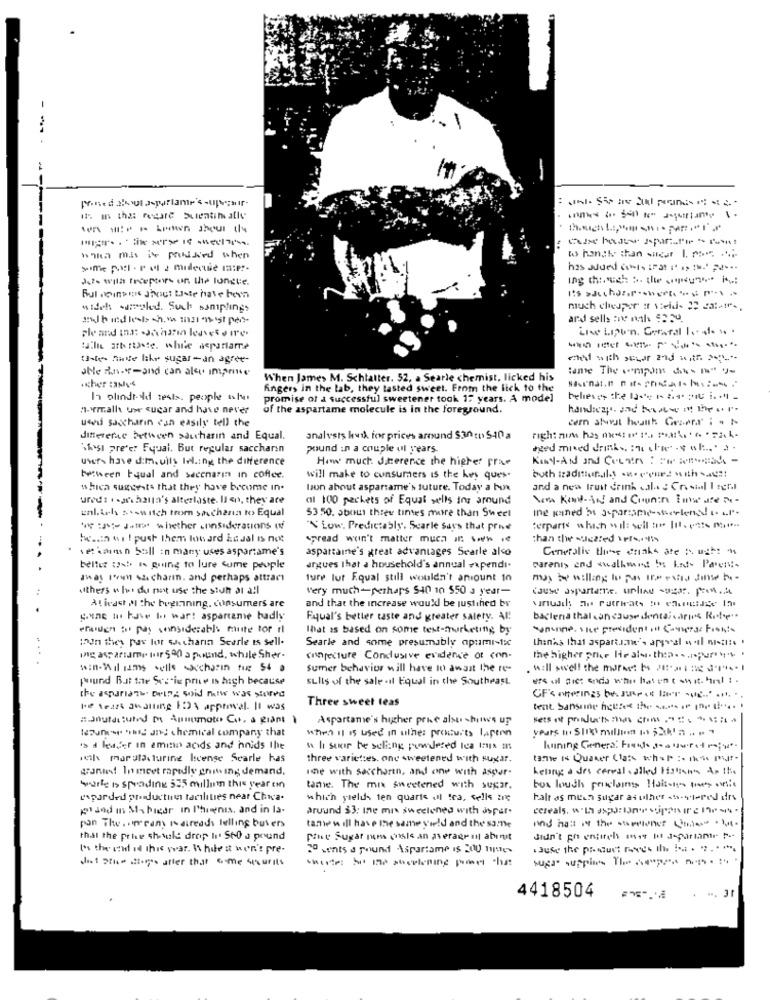
---
i. in the redare Sulentin alle
hiha mis ive puked when
&s hongh than sacar 1. com ....
Je with freepter- on the longte.
It's sacchar.r.net-sp-
Rul opinie Shout Boste have how
wideh witold. Such samplings
subid lesb this minst inst pet-
ard sells :re noth $2.30.
Live LIpo'n. Geraral Io 4. . .
taille atb roaste. while aspartame
takes hade like sugar- an agree-
chat with sever and with
alle An -- and can also imprime
:ame The impon ds n" y-
When James M. Schlatter. 52, a Searle chemist, licked his
Angers in the lab, they tasted sweet. From the lick to the
In olindredd tests. people islut
promise of a successful sweetener took 17 years. A model
nyemall uwe sugar and have never
of the aspartame molecule is in the foreground.
udis saccharin can easily tell the
difference between sawharin and Equal.
analysts kwik for prices around $30 gt 540 a
right nim has mesto to Parlak
Skost prete: Fqual. But regular saccharin
pound in a couple ul years
aged mixed drinks, : mi chie" - y el .. . a.
users have dim. uils Iel.ing the difference
How much. Jterence the higher prae
between Equal and seccnarin in coffee.
will make to consumers is the key ques.
which sustenta that they have become in.
laon about aspartame's future. Today a box
and a new Irust drink sala : Cristal I tera
ured: . . arshalla's alterlaste. Il on, they ace
al 100 packets of Equal wells ing around
Som Kond-AN and Counin Ima use -
unl. ich soswitch trom sichana No Equal
53 50. about three times more than Sheel
ine kaned as aspartame-terlendur
' :J Jutro whether unnsiderations of
"N' Low Predictably', Scarle Says that prie
terparts which wil: sell to It. ezt- m ....
hessin wi ! push them low ard Lesal is not
spread won't matter much in www .
than the suezted \efs ,. Vis
vet karns n Soll in many uses aspartame's
aspartaine's great advantages Searle alco
Generalis thme drinks are towahe os
belle usb is going to lure cume people
argues that a household's annual expendi-
parani> end swalking in ked- Patent-
away Iown sacharm. and perhaps attract
ture lur Equal still wouldn't aniount in
others w let do not use the stuh at all
Very much-perhaps $40 10 550 a year-
cause aspartame uplind sugar prona
Ativast M the beginning. consumers are
and that the increase would be justihed by
nudil; ais Patrirats to ehuidige In
g.une mu have I war! aspartame badly
Equal's better taste and greater salety. Al
bactena that can use dental caries Rite".
Frauen to pay considerably mute tor ri
that is based on some test-murketing by
"unione, vice presidentIn Coura From:
(non they pas lor sacharın Searle ts sell-
Searle and some presumably apumi-tic
thanks that aspartame', appeal wil niet:s .
ing assaname for sen a pound, while Sher-
conjecture Condusive evidence of con-
the higher price He ale thea .... peroort .
son-Wiliams selle saccharin fue 54 a
Sumer behavior will have 10 await the re-
will sw'el! the moreet b **** * 3 ***
puund But the Scorie price is high because
siIls of the sale .il Equal in the Southeast
ers al pict enda who has ont shit. hil : .
the aspartate Della soid while was stored
Three sweet teas
OF's offerings be. sube of liver 2
pe tears awaiting 1D\ apptiwal. It was
tent. Sansung hetnek the iss if (,i .....
: Jnutdt:und Ammumoto Cc, a giant
Aspartame's higher price alsur -hitws up
lesun ng a chemical company that
which it is used in wine: produits lapenn
's d kader in amino acids and hnids the
h suor be seling powdered Ica inga an
Kuning Genera: Frends Sausrot ;
ich margta.turing license Scarle has
three varieties. one sweetened with sugar.
tame is Quater Class what : this Put
grande! In meet rapedly enit ing demand,
ine with saccharin, and one with asper-
kelang a drs cereal . alled 1istins Ap the
Surle is spending 535 millum this year on
tame. The mn sweetened with sugar.
bus louth proclaims Haitsin mes onic
unparded production facilities near Chica-
which yields ten quarts .Il tra, sells are
halt as mesh sugar as ulher 4h-ytered ifrs
pisod in My biedr in l'hoenis, and in Is-
aruund 33: Ine mix sweetened with aspar.
cereals, with aspa Dne cupen ire De-
and hast is the surlenet (miatt
pan The .. rany ratreads lelling buvers
tame w ill have the same yield and the same
that the price showski drop In' Sto a pound
Pint Sugar num goals an average ut about
didn't gh entireh mos ht J-fariamir P --
It's the send it this year. While at won't pre-
To wants a round Aspartame is 200 mes
Just Die ctores after that o-me security
witte: be ine souplening panel that
4418504